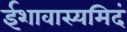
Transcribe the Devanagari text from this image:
ईशावास्यमिदं